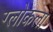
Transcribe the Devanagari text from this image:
ग्लोकला